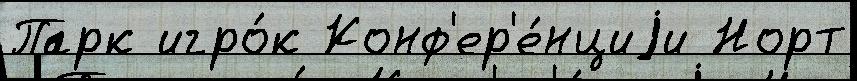
Парк игро́к Конф'ер'е́нциjи Норт